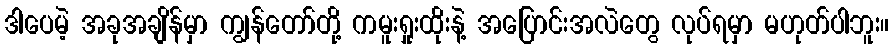
ဒါပေမဲ့ အခုအချိန်မှာ ကျွန်တော်တို့ ကမူးရှုးထိုးနဲ့ အပြောင်းအလဲတွေ လုပ်ရမှာ မဟုတ်ပါဘူး။